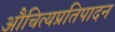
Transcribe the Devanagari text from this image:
औचित्यप्रतिपादन